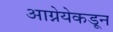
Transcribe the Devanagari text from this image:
आग्नेयेकडून